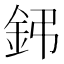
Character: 鈟